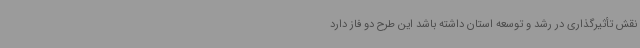
نقش تأثیرگذاری در رشد و توسعه استان داشته باشد این طرح دو فاز دارد